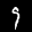
Label: 9